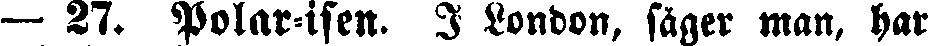
— 27. Polar-isen. I London, säger man, har